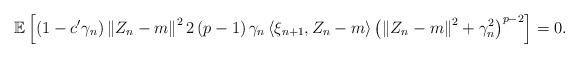
LaTeX: \begin{align*}\mathbb{E}\left[ \left( 1-c'\gamma_{n}\right)\left\| Z_{n}-m \right\|^{2}2\left( p-1 \right) \gamma_{n} \left\langle \xi_{n+1}, Z_{n}-m \right\rangle \left( \left\| Z_{n}-m \right\|^{2} + \gamma_{n}^{2}\right)^{p-2}\right] = 0 .\end{align*}